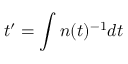
t ^ { \prime } = \int n ( t ) ^ { - 1 } d t